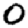
Digit: 0